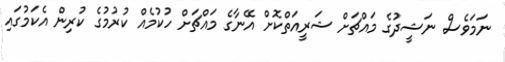
ނަމަވެސް ނަޝީދުގެ މައްޗަށް ޝަރީއަތްކޮށް އޭނާގެ މައްޗަށް ހުކުމެއް ކުރުމުގެ ކުރިން އެކަމުގައި